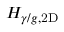
H _ { \gamma / g , \mathrm { { 2 D } } }